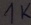
Text: 1K